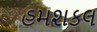
હમશકલ